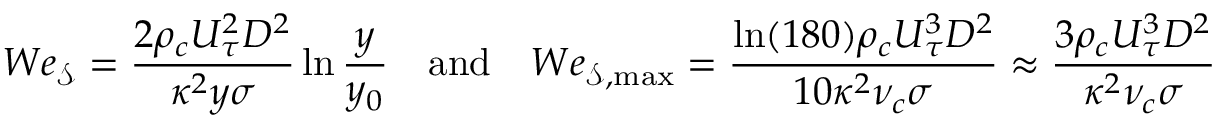
W e _ { \mathcal { S } } = \frac { 2 \rho _ { c } U _ { \tau } ^ { 2 } D ^ { 2 } } { \kappa ^ { 2 } y \sigma } \ln \frac { y } { y _ { 0 } } \quad \mathrm { a n d } \quad W e _ { \mathcal { S , \mathrm { m a x } } } = \frac { \ln ( 1 8 0 ) \rho _ { c } U _ { \tau } ^ { 3 } D ^ { 2 } } { 1 0 \kappa ^ { 2 } \nu _ { c } \sigma } \approx \frac { 3 \rho _ { c } U _ { \tau } ^ { 3 } D ^ { 2 } } { \kappa ^ { 2 } \nu _ { c } \sigma }